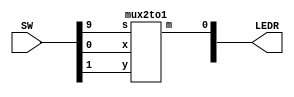
`timescale 1ns / 1ns // `timescale time_unit/time_precision

//SW[2:0] data inputs
//SW[9] select signals

//LEDR[0] output display

module part2(LEDR, SW);
    input [9:0] SW;
    output [9:0] LEDR;

    mux2to1 u0(
        .x(SW[0]),
        .y(SW[1]),
        .s(SW[9]),
        .m(LEDR[0])
        );
endmodule

module mux2to1(x,y,s,m);
input x,y,s;
output m;
//declaring wires
wire k1,k2,k3,k4;
v7404 U2(.pin3(s),.pin4(k1));
v7408 U1(.pin4(s),.pin5(y),.pin6(k3),.pin13(k1),.pin12(x),.pin11(k2));
v7432 U3(.pin4(k2),.pin5(k3),.pin6(m));
endmodule 

module v7404 (pin8, pin10, pin12,pin1, pin3, pin5, pin9, pin11,
pin13, pin2, pin4, pin6,);
input pin1,pin3,pin5,pin9,pin11, pin13; 
output pin2,pin4,pin6,pin8,pin10,pin12;
assign pin8 = !(pin9);
assign pin10 = !(pin11);
assign pin12 = !(pin13);
assign pin2 = !(pin1);
assign pin4 = !(pin3);
assign pin6 = !(pin5);
endmodule 

module v7408 (pin5, pin9, pin1, pin3, pin11,
pin13, pin2, pin4, pin6, pin10, pin8, pin12);
input pin9,pin10,pin12,pin13,pin1,pin2,pin4,pin5;
output pin8,pin11,pin3,pin6;
assign pin11 = (pin13 & pin12);
assign pin8 = (pin10 & pin9);
assign pin3 = (pin1 & pin2);
assign pin6 = (pin4 & pin5);

endmodule

module v7432 ( input pin1,pin2,pin4,pin5,pin9,pin10,pin12,pin13, 
output pin3,pin6,pin11,pin8);

assign pin11 = (pin13 || pin12);
assign pin8 = (pin10 || pin9);
assign pin3 = (pin1 || pin2);
assign pin6 = (pin4 || pin5);

endmodule // v7432